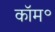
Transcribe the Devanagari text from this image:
कॉम॰